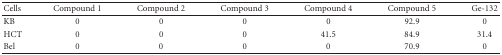
<table><thead><tr><td><b>Cells</b></td><td><b>Compound1</b></td><td><b>Compound2</b></td><td><b>Compound3</b></td><td><b>Compound4</b></td><td><b>Compound5</b></td><td><b>Ge-132</b></td></tr></thead><tbody><tr><td>KB</td><td>0</td><td>0</td><td>0</td><td>0</td><td>92.9</td><td>0</td></tr><tr><td>HCT</td><td>0</td><td>0</td><td>0</td><td>41.5</td><td>84.9</td><td>31.4</td></tr><tr><td>Bel</td><td>0</td><td>0</td><td>0</td><td>0</td><td>70.9</td><td>0</td></tr></tbody></table>